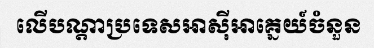
លើបណ្តាប្រទេសអាស៊ីអាគ្នេយ៍ចំនួន